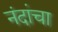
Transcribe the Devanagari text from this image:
नंदांचा